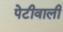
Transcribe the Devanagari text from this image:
पेटीवाली